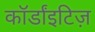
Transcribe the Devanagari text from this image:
कॉर्डांइटिज़